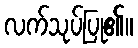
လက်သုပ်ပြု၏။